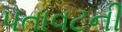
પતાવટની